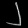
Digit: ၂